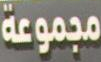
مجموعة